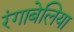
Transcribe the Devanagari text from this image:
रंगाबेलिया